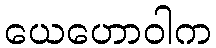
ယေဟောဝါက